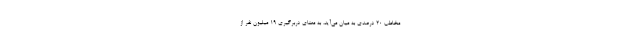
مخاطب ۲۰ درصدی به میان می‌آید، به معنای دربرگیری ۱۹ میلیون نفر از